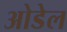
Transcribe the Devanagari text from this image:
ओडेल